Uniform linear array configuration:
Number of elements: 64
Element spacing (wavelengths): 0.5
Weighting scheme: uniform
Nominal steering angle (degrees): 15
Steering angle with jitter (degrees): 16.202
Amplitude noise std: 0.05
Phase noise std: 0.05

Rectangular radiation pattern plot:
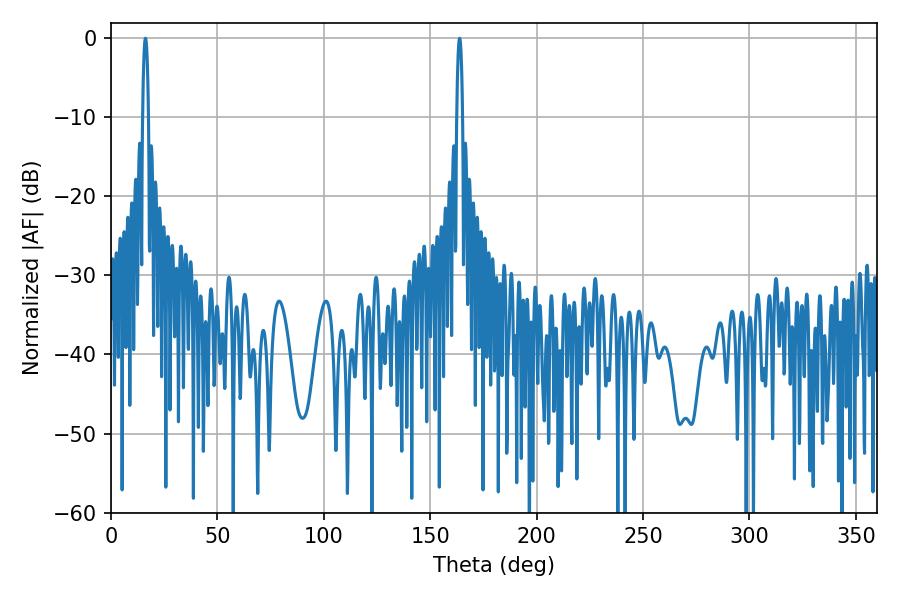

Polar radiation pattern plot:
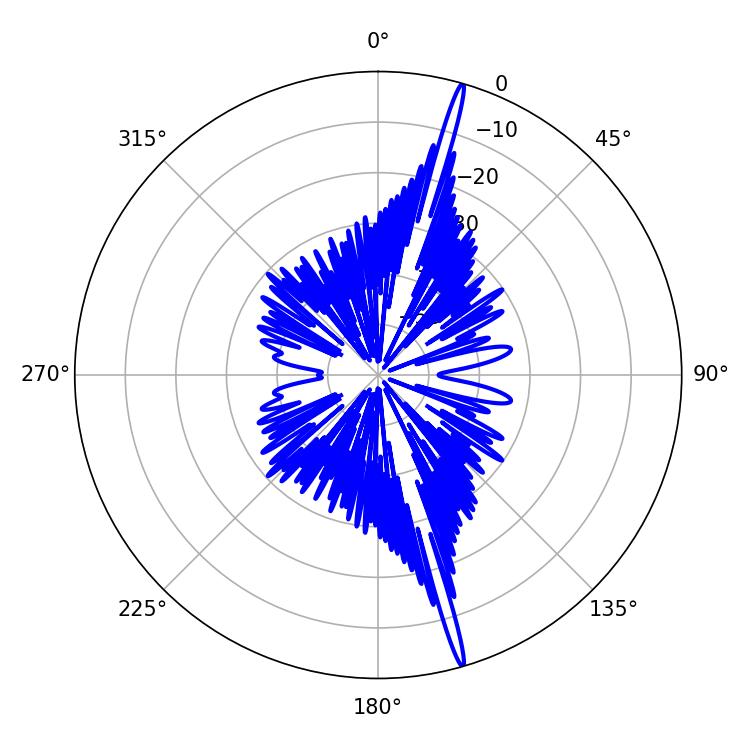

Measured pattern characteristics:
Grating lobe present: FALSE
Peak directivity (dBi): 20.444
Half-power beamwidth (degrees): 1.44
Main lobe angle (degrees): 163.8